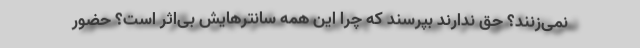
نمی‌زنند؟ حق ندارند بپرسند که چرا این همه سانترهایش بی‌اثر است؟ حضور